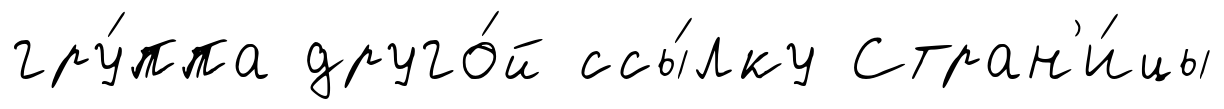
гру́ппа друго́й ссы́лку Стран'и́цы